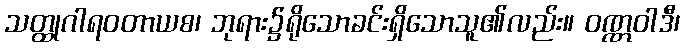
သတ္ထုဂါရဝတာယစ၊ ဘုရား၌ရိုသောခင်းရှိသောသူ၏လည်း။ ဝဏ္ဏဝါဒီ၊